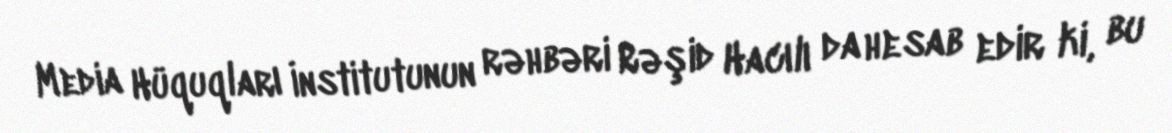
Media Hüquqları İnstitutunun rəhbəri Rəşid Hacılı da hesab edir ki, bu